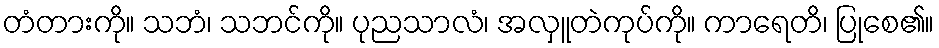
တံတားကို။ သဘံ၊ သဘင်ကို။ ပုညသာလံ၊ အလှူတဲကုပ်ကို။ ကာရေတိ၊ ပြုစေ၏။